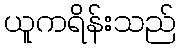
ယူကရိန်းသည်